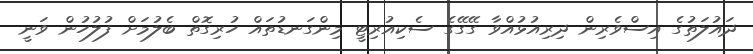
ދައުލަތުގެ އިސްވެރިން ދިރިއުޅުއްވާ ގޭގޭގެ ސެކިއުރިޓީ މިންގަނޑުތައް ހުރިގޮތް ބެލުމަށް ފުލުހުން ވަނީ